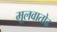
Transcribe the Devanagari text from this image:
मूलवातोढ़